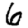
Digit: 6